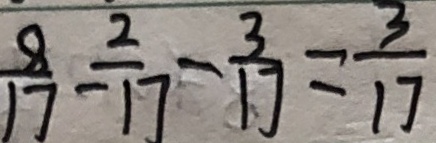
\frac { 8 } { 1 7 } - \frac { 2 } { 1 7 } - \frac { 3 } { 1 7 } = \frac { 3 } { 1 7 }